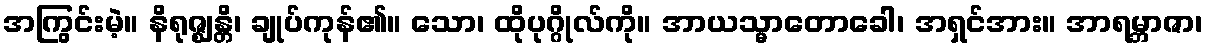
အကြွင်းမဲ့။ နိရုဇ္ဈန္တိ၊ ချုပ်ကုန်၏။ သော၊ ထိုပုဂ္ဂိုလ်ကို။ အာယသ္မာတောခေါ၊ အရှင်အား။ အာရမ္ဘာဇာ၊